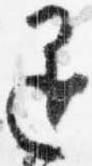
退